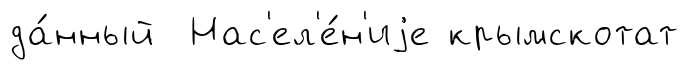
да́нный Нас'ел'е́н'иjе крымскотат